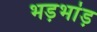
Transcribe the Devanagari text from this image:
भड़भांड़